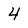
Character: 4